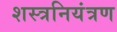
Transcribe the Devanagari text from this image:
शस्त्रनियंत्रण